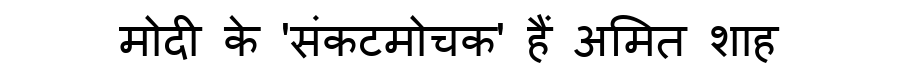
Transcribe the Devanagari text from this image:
मोदी के 'संकटमोचक' हैं अमित शाह